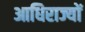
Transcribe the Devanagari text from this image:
आधिराज्यों